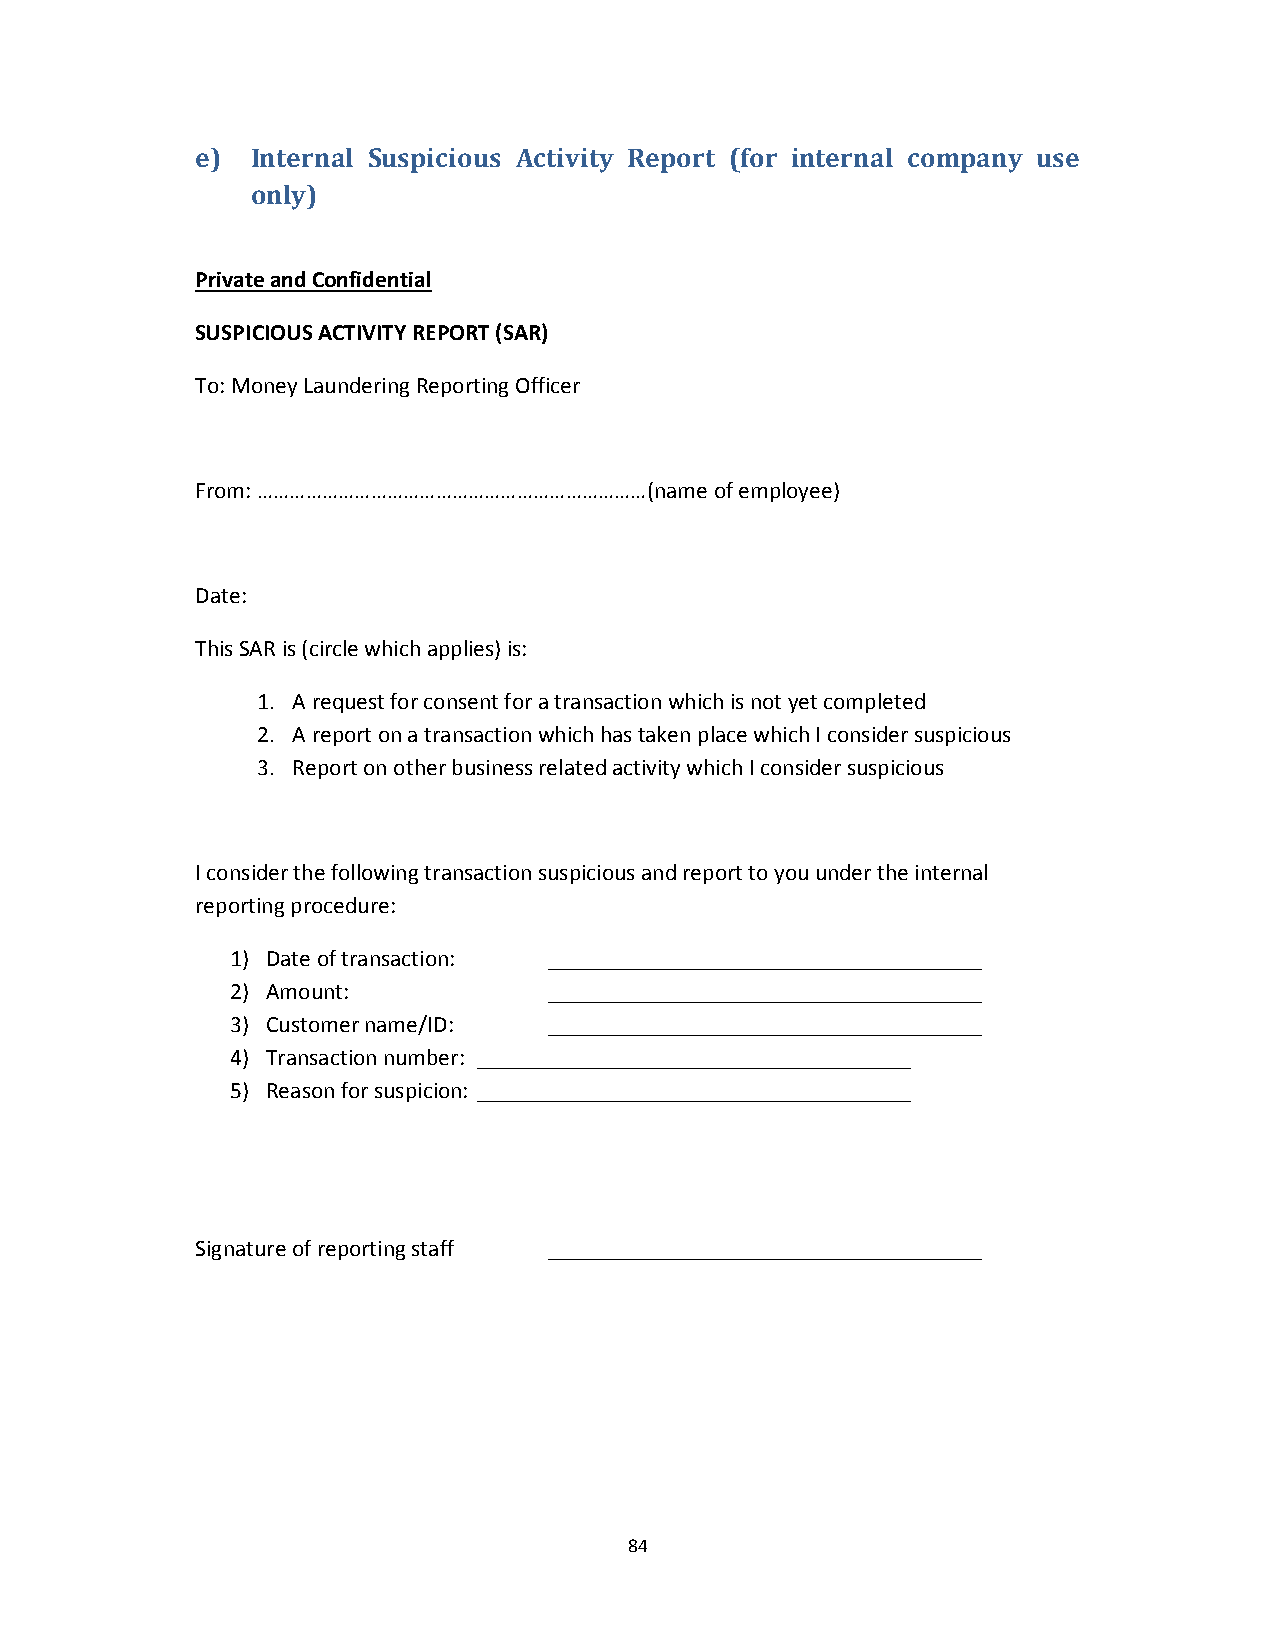
e)  Internal Suspicious Activity Report (for internal company use
 only)
 Private and Confidential
 SUSPICIOUS ACTIVITY REPORT (SAR)
 To: Money Laundering Reporting Officer
 From: ………………………………………………………………(name of employee)
 Date:
 This SAR is (circle which applies) is:
 1. A request for consent for a transaction which is not yet completed
 2. A report on a transaction which has taken place which I consider suspicious
 3. Report on other business related activity which I consider suspicious
 I consider the following transaction suspicious and report to you under the internal
 reporting procedure:
 1) Date of transaction: _____________________________________
 2) Amount:           _____________________________________
 3) Customer name/ID: _____________________________________
 4) Transaction number: _____________________________________
 5) Reason for suspicion: _____________________________________
 Signature of reporting staff _____________________________________
 84